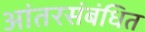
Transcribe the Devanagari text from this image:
आंतरसंबंधित